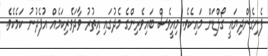
ފެނިގެންދިޔައީ ގޯލްޑަން މައިކެވެ. މިއީވެސް ބައިވެރިންގެ މެދުގައި އިތުރު ވާދަވެރިކަމެއް އުފެދުނު ކަމެކެވެ.